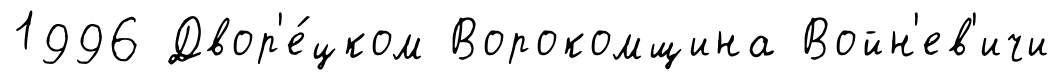
1996 Двор'е́цком Ворокомщина Войн'ев'ичи